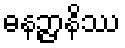
ဓနဉ္ဇာနိဿ